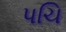
પચિ